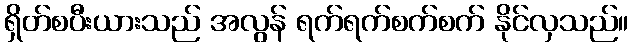
ရှိတ်စပီးယားသည် အလွန် ရက်ရက်စက်စက် နိုင်လှသည်။